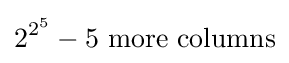
2^{2^{5}}-5{\mbox{ more columns}}